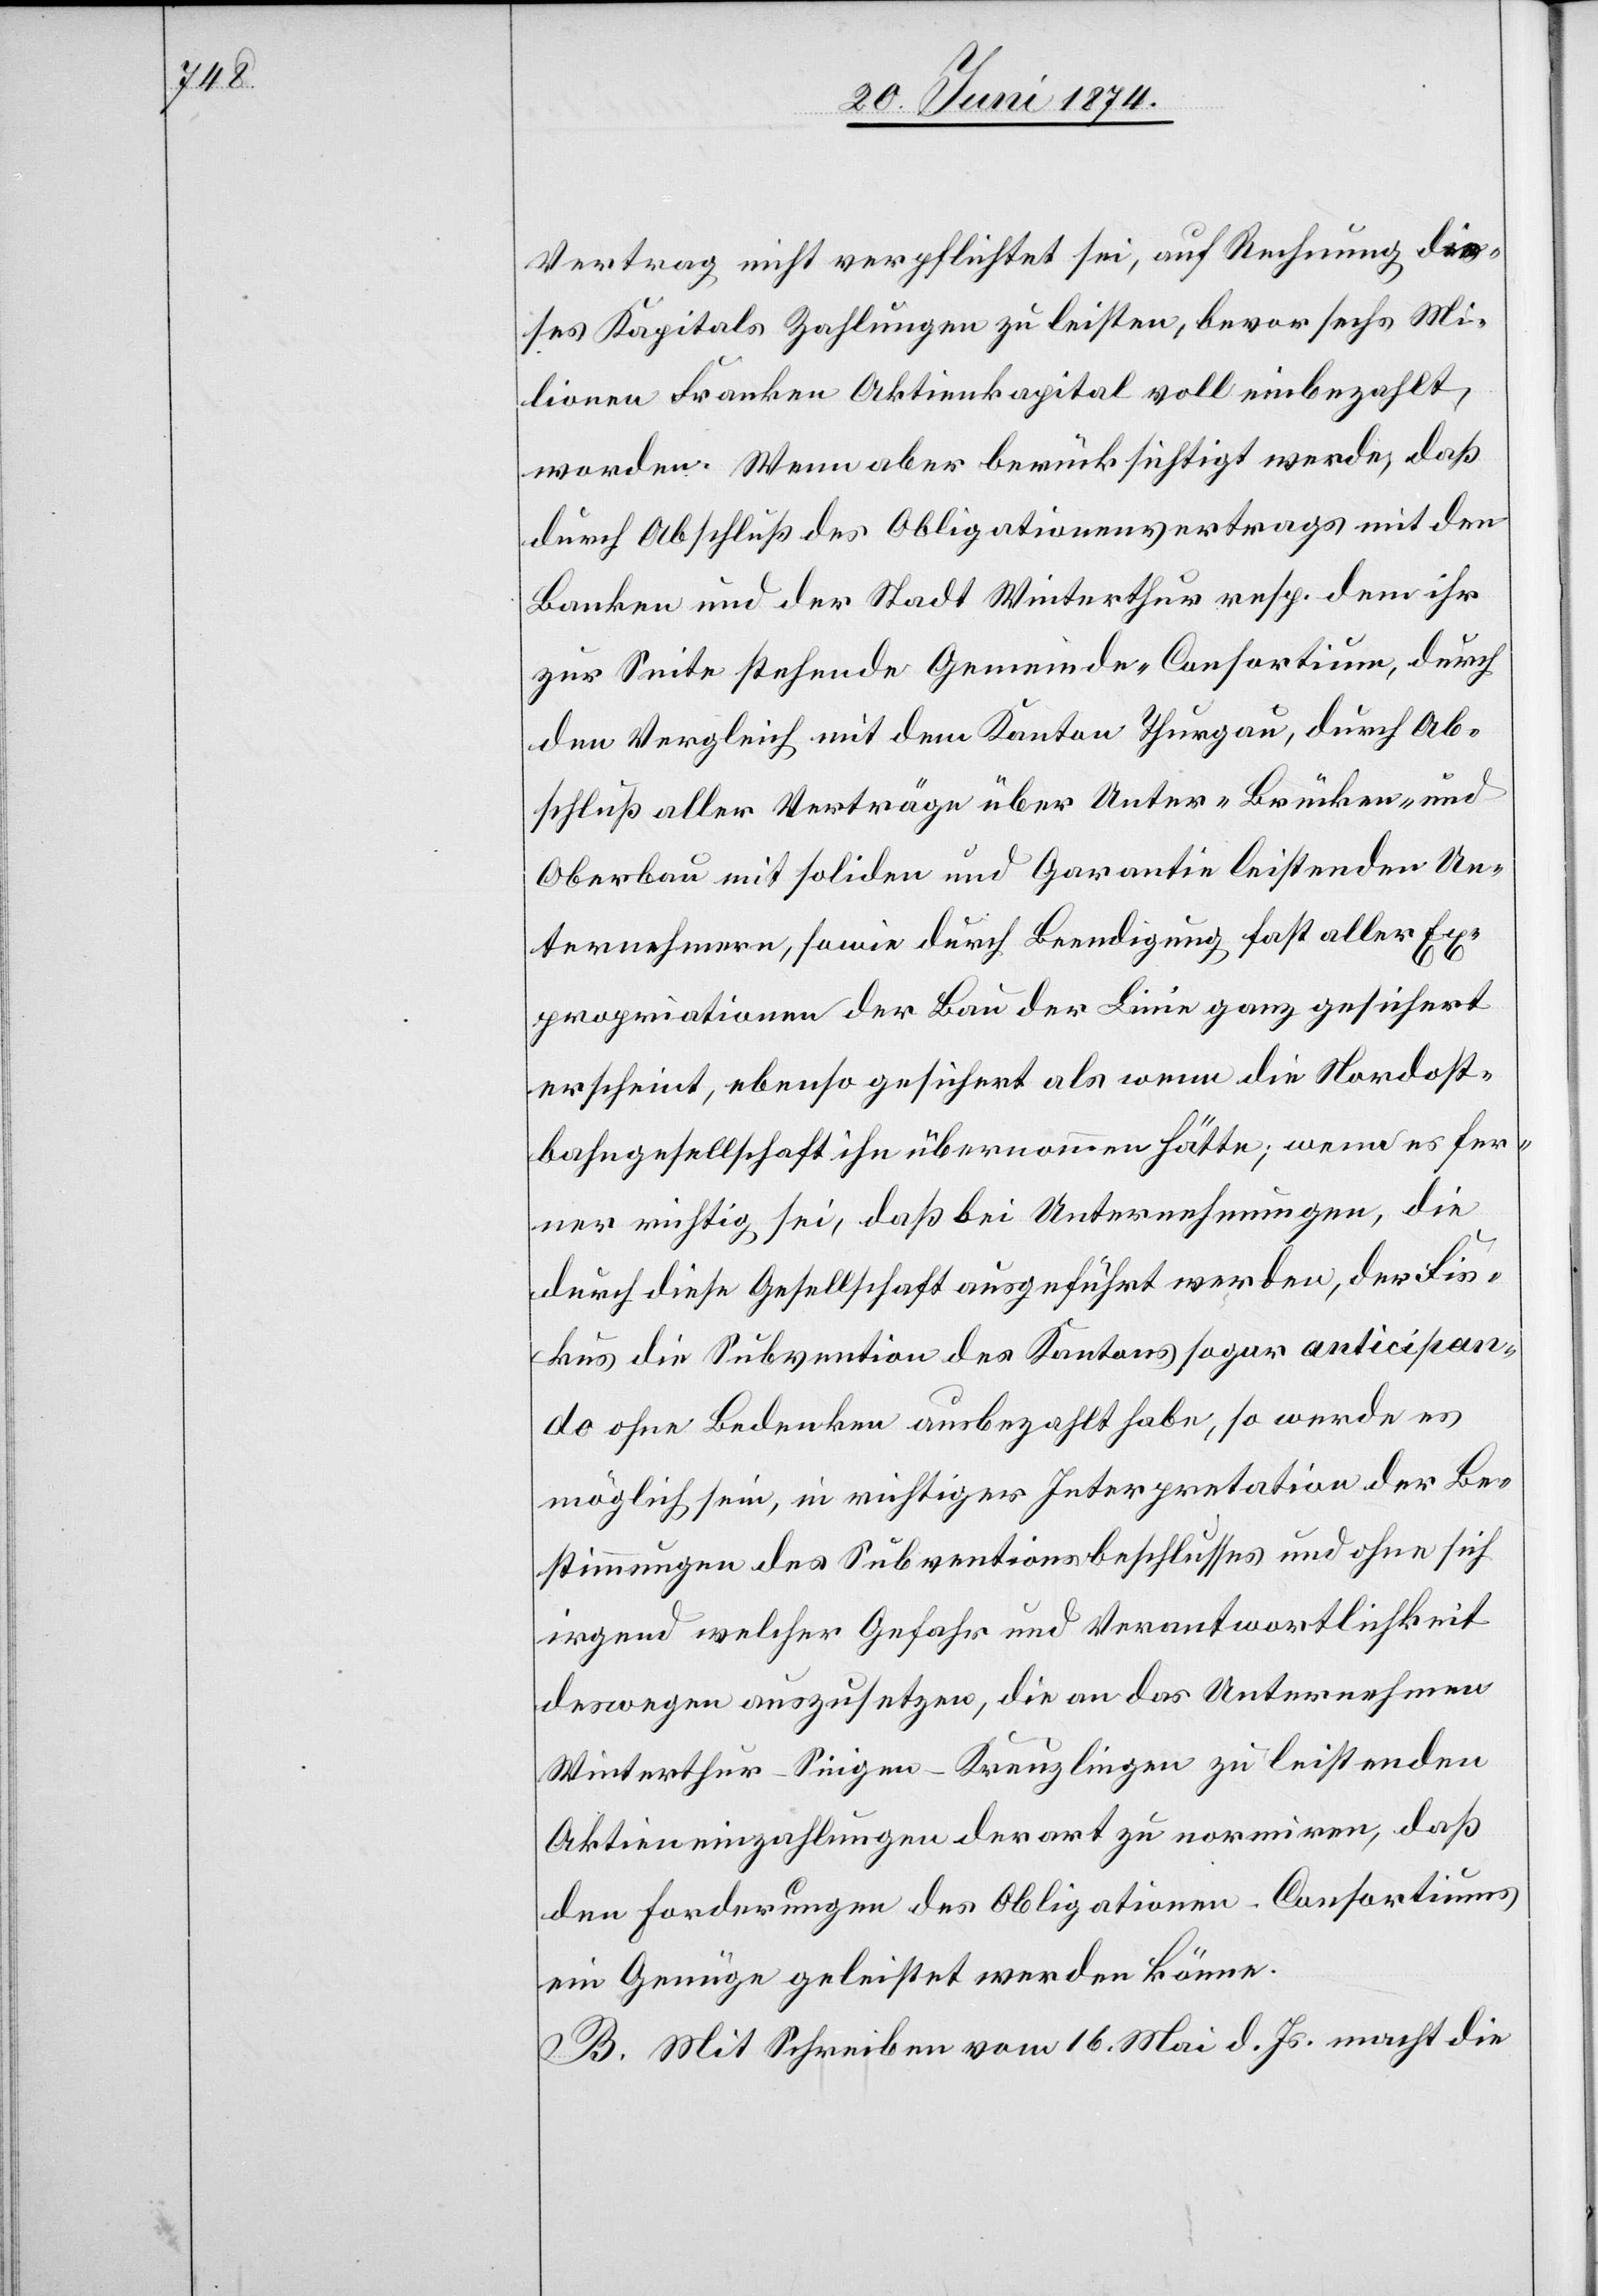
Vertrag nicht verpflichtet sei, auf Rechnung die¬
ses Kapitals Zahlungen zu leisten, bevor sechs Mi¬
l[l]ionen Franken Aktienkapital voll einbezahlt,
worden. Wenn aber berücksichtigt werde, daß
durch Abschluß des Obligationenvertrags mit den
Banken und der Stadt Winterthur resp. dem ihr
zur Seite stehende Gemeinde-Consortium, durch
den Vergleich mit dem Kanton Thurgau, durch Ab¬
schluß aller Verträge über Unter-[,] Brücken- und
Oberbau mit soliden und Garantie leistenden Un¬
ternehmern, sowie durch Beendigung fast aller Ex¬
propriationen der Bau der Linie ganz gesichert
erscheint, ebenso gesichert als wenn die Nordost¬
bahngesellschaft ihn übernommen hätte, wenn es fer¬
ner richtig sei, daß bei Unternehmungen, die
durch diese Gesellschaft ausgeführt werden, der Fis¬
kus die Subvention des Kantons sogar anticipan¬
do ohne Bedenken ausbezahlt habe, so werde es
möglich sein, ein richtiges [sic!] Interpretation der Be¬
stimmungen des Subventionsbeschlusses und ohne sich
irgend welcher Gefahr und Verantwortlichkeit
deswegen auszusetzen, die an das Unternehmen
Winterthur-Singen-Kreuzlingen zu leistenden
Aktieneinzahlungen derart zu normiren, daß
den Forderungen des Obligationen-Consortiums
ein Genüge geleistet werden könne.
B. Mit Schreiben vom 16. Mai d. Js. macht die